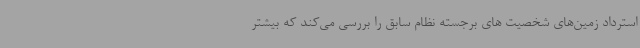
استرداد زمین‌های شخصیت های برجسته نظام سابق را بررسی می‌کند که بیشتر